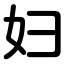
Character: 妇